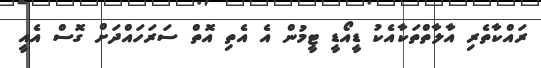
ރައްކާތެރި އާލާތްތަކާއެކު ޑީއޯޑީ ޓީމުން އެ އެތި އޮތް ސަރަހައްދަށް ގޮސް އެއީ